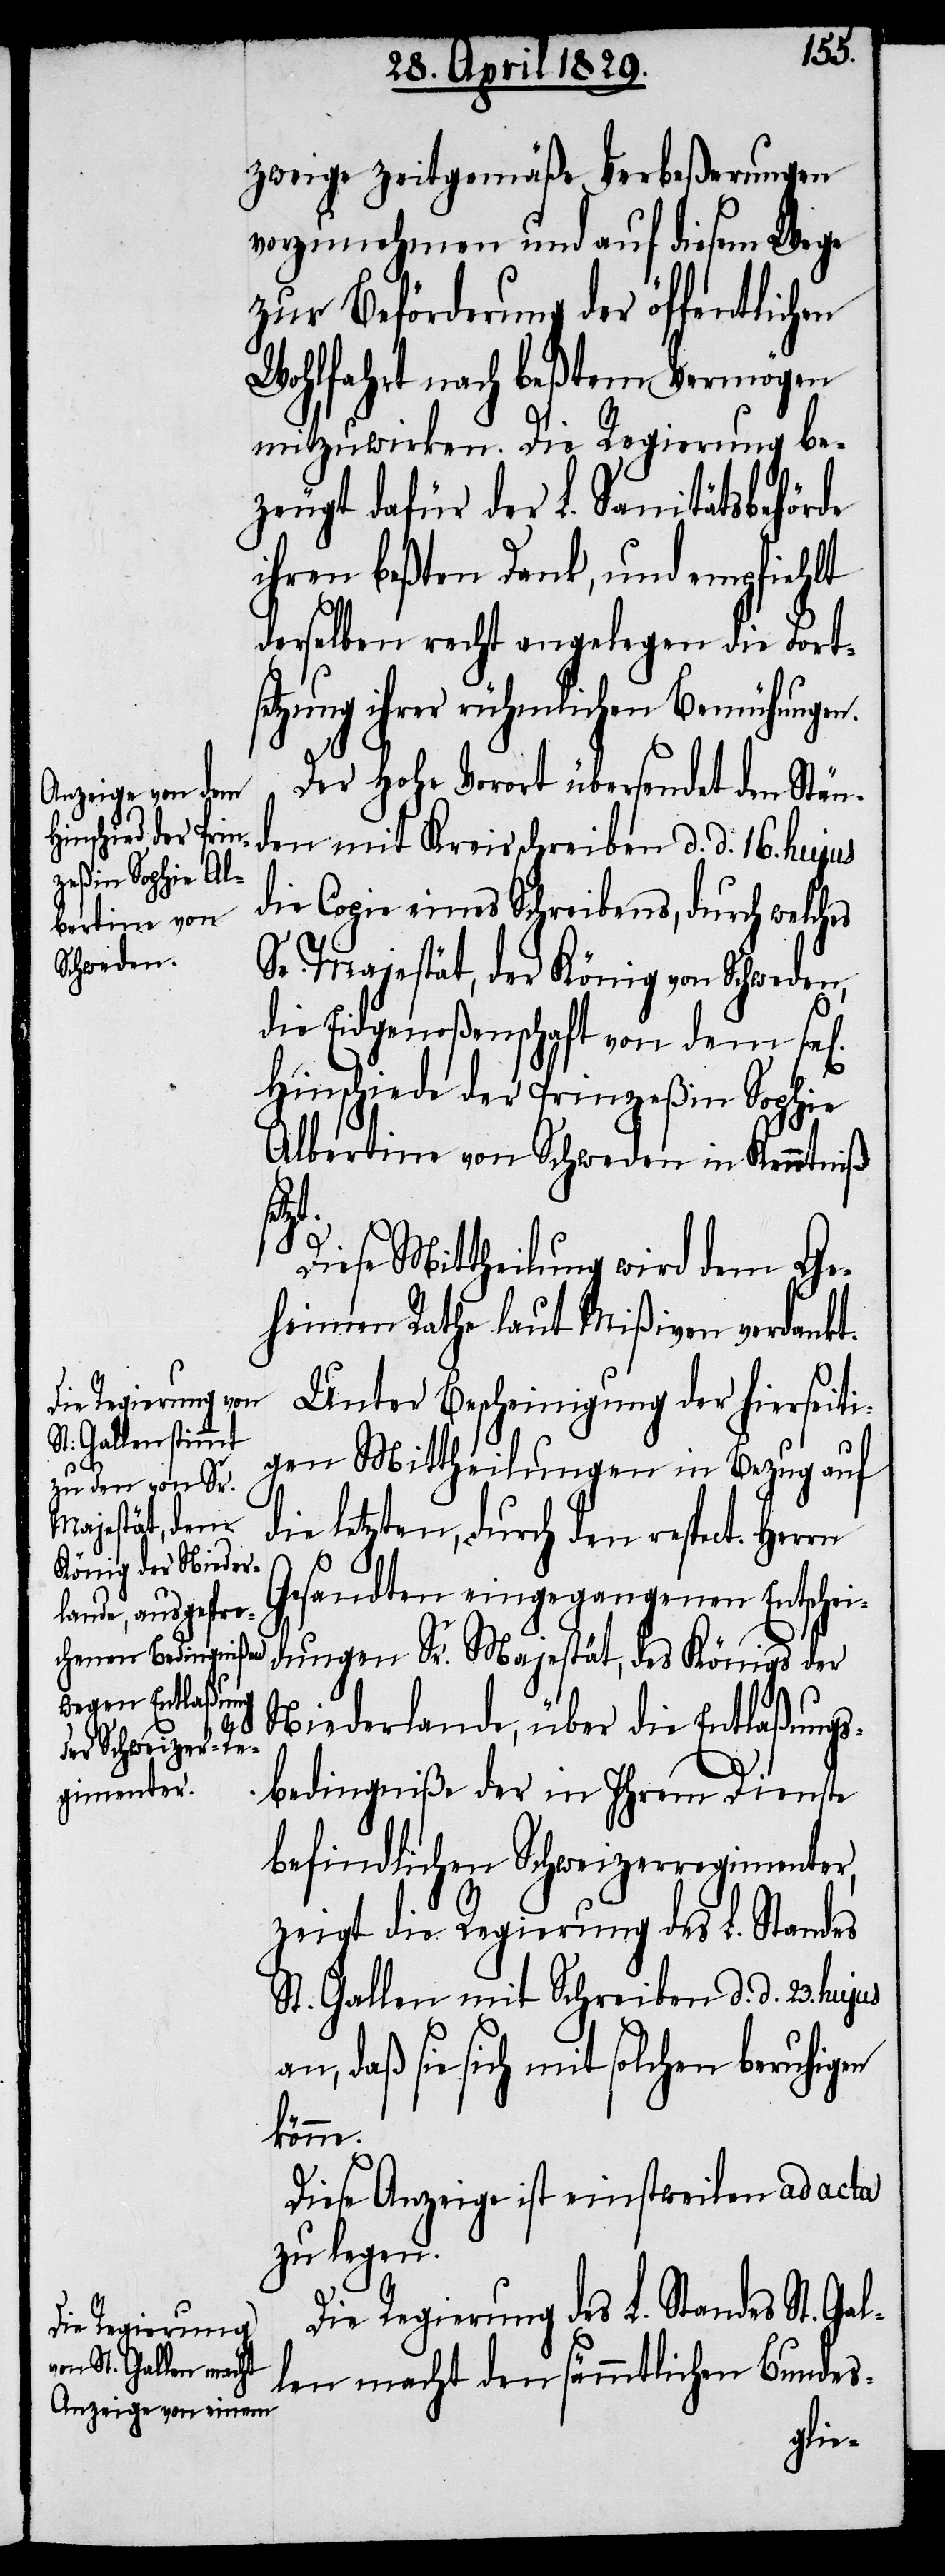
gen].

zweige zeitgemäße Verbeßerungen
vorzunehmen und auf diesem Wege
zur Beförderung der öffentlichen
Wohlfahrt nach beßtem Vermögen
mitzuwirken. Die Regierung be¬
zeugt dafür der L. Sanitätsbehörde
ihren beßten Dank, und empfiehlt
derselben recht angelegen die Fort¬
setzung ihrer rühmlichen Bemühungen.
Der Hohe Vorort übersendet den Stän¬
den mit Kreisschreiben d. d. 16. hujus
die Copie eines Schreibens, durch welches
Sn. Majestät, der König von Schweden,
die Eidgenoßenschaft von dem se¬
Hinschiede der Prinzeßin Sophie
Albertina von Schweden in Kenntniß
Gal¬
Diese Mittheilung wird dem Ge¬
heimen Rath laut Mißiven verdankt.
Unter Bescheinigung der hierseiti¬
gen Mittheilung in Bezug auf
die letzten, durch den respect. Herrn
Gesandten eingegangenen Entschei¬
dungen Sr. Majestät, des Königs der
Niederlande, über die Entlaßungs¬
bedingniße der in Ihrem Dienste
befindlichen Schweizerregimenter,
zeigt die Regierung des L. Standes
St. Gallen mit Schreiben d. d. 23.
an, daß sie sich mit solchen beruhigen
könne.
Diese Anzeige ist einstweilen ad acta
zu legen.
Die Regierung des L. Standes St.
len macht den sämmtlichen Bundes-